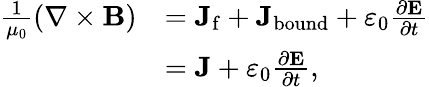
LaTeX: {\begin{array}{rl}{{\frac{1}{\mu_{0}}}(\mathbf{\nabla}\times\mathbf{B})}&{=\mathbf{J}_{\mathrm{f}}+\mathbf{J}_{\mathrm{bound}}+\varepsilon_{0}{\frac{\partial\mathbf{E}}{\partial t}}}\\ &{=\mathbf{J}+\varepsilon_{0}{\frac{\partial\mathbf{E}}{\partial t}},}\end{array}}